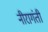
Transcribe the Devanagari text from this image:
नीरागंती